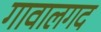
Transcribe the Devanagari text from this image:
गावालगद